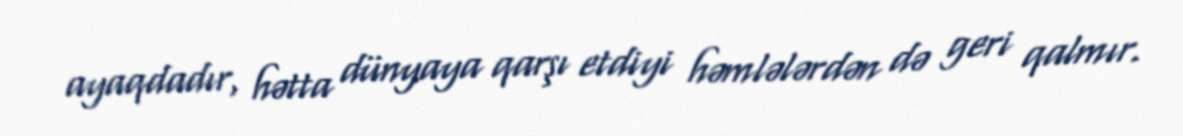
ayaqdadır, hətta dünyaya qarşı etdiyi həmlələrdən də geri qalmır.